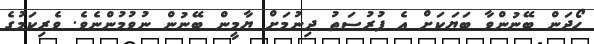
ހޯދަން ބޭނުންވާ ބަޔަކަށް އެ ފުރުސަތު ދިނުމަށް ޔާމީން ބޭނުން ނުވުމުންނެވެ. ވެރިކަމުގެ